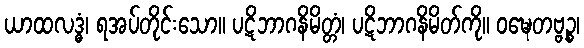
ယာထလဒ္ဓံ၊ ရအပ်တိုင်းသော။ ပဋိဘာဂနိမိတ္တံ၊ ပဋိဘာဂနိမိတ်ကို။ ဝဍ္ဎေတဗ္ဗဉ္စ၊